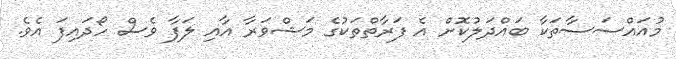
މުއައްސަސާތަކާ ބައްދަލުކޮށް އެ ފަރާތްތަކުގެ މަޝްވަރާ އާއި ލަފާ ވެސް ހޯދައިފަ އެވެ.